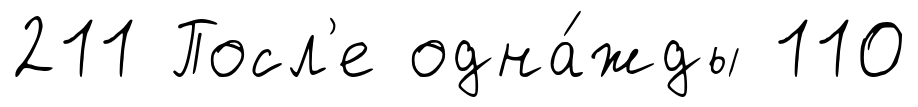
211 Посл'е одна́жды 110